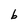
Character: b